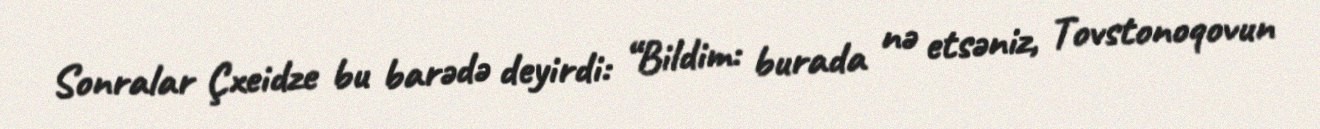
Sonralar Çxeidze bu barədə deyirdi: “Bildim: burada nə etsəniz, Tovstonoqovun